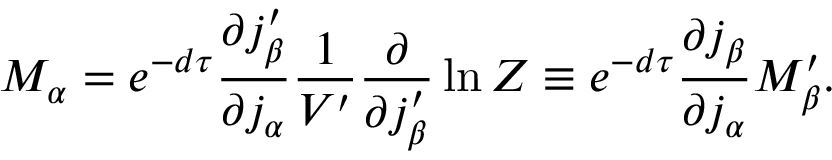
M _ { \alpha } = e ^ { - d \tau } \frac { \partial j _ { \beta } ^ { \prime } } { \partial j _ { \alpha } } \frac { 1 } { V ^ { \prime } } \frac { \partial } { \partial j _ { \beta } ^ { \prime } } \ln Z \equiv e ^ { - d \tau } \frac { \partial j _ { \beta } } { \partial j _ { \alpha } } M _ { \beta } ^ { \prime } .